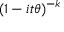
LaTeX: \! \, ( 1 - i t \theta ) ^ { - k }